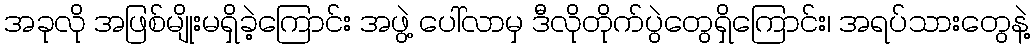
အခုလို အဖြစ်မျိုးမရှိခဲ့ကြောင်း အဖွဲ့ ပေါ်လာမှ ဒီလိုတိုက်ပွဲတွေရှိကြောင်း၊ အရပ်သားတွေနဲ့